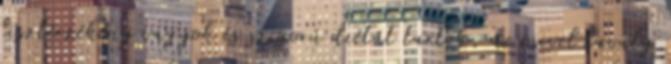
lisztérzékeny vagyok és szigorú diétát tartok, de mivel tavaly